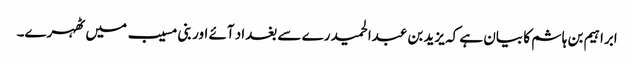
ابراہیم بن ہاشم کا بیان ہے کہ یزید بن عبدالحمید رے سے بغداد آئے اور بنی مسیب میں ٹھہرے۔